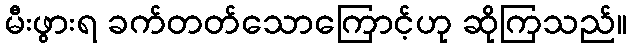
မီးဖွားရ ခက်တတ်သောကြောင့်ဟု ဆိုကြသည်။